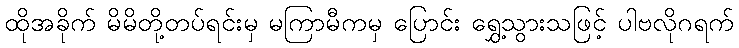
ထိုအခိုက် မိမိတို့တပ်ရင်းမှ မကြာမီကမှ ပြောင်း ရွှေ့သွားသဖြင့် ပါဗလိုဂရက်